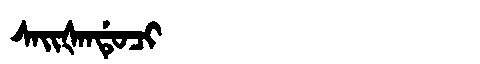
Manchu: ᠰᠠᡳᡧᠠᠨᡩᡠᠴᡳ
Romanization: SAIŠANDUCI